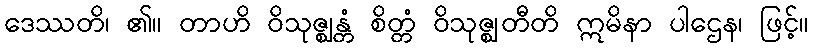
ဒေဿတိ၊ ၏။ တာဟိ ဝိသုဇ္ဈန္တံ စိတ္တံ ဝိသုဇ္ဈတီတိ ဣမိနာ ပါဌေန၊ ဖြင့်။